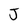
Character: J